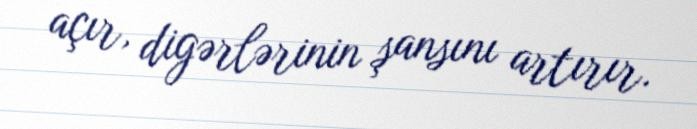
açır, digərlərinin şansını artırır.